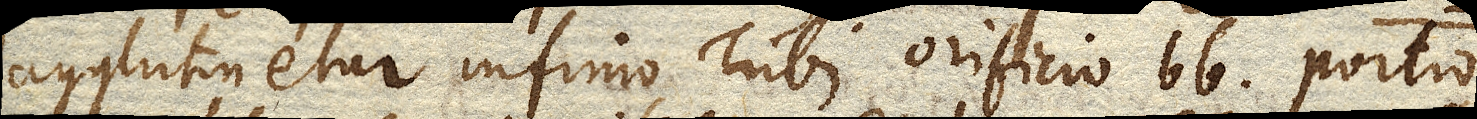
agglutinetur infimo Tubi orificio bb portio